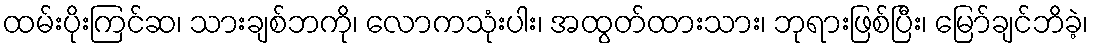
ထမ်းပိုးကြင်ဆ၊ သားချစ်ဘကို၊ လောကသုံးပါး၊ အထွတ်ထားသား၊ ဘုရားဖြစ်ပြီး၊ မြော်ချင်ဘိခဲ့၊